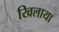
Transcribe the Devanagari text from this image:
खिलाया